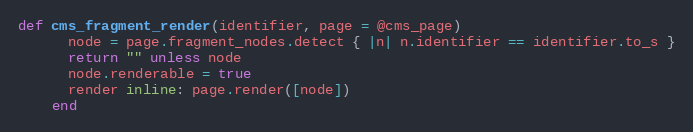
Language: Ruby
def cms_fragment_render(identifier, page = @cms_page)
      node = page.fragment_nodes.detect { |n| n.identifier == identifier.to_s }
      return "" unless node
      node.renderable = true
      render inline: page.render([node])
    end